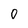
Character: 0